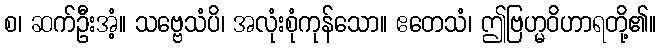
စ၊ ဆက်ဦးအံ့။ သဗ္ဗေသံပိ၊ အလုံးစုံကုန်သော။ ဧတေသံ၊ ဤဗြဟ္မဝိဟာရတို့၏။